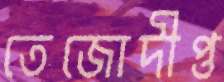
তেজোদীপ্ত